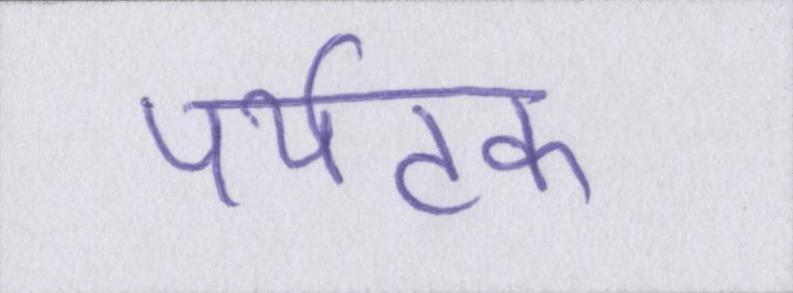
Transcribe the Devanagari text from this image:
पर्यटक